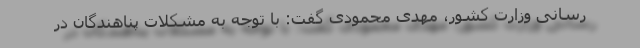
رسانی وزارت کشور، مهدی محمودی گفت: با توجه به مشکلات پناهندگان در